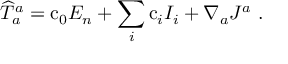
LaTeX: { \widehat T } _ { a } ^ { a } = \mathrm { c } _ { 0 } E _ { n } + \sum _ { i } \mathrm { c } _ { i } I _ { i } + \nabla _ { a } J ^ { a } \ .